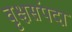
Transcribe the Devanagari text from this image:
वृक्षसंपदा